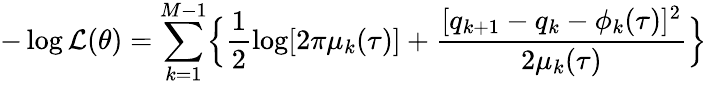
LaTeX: -\log\mathcal{L}(\theta)=\sum_{k=1}^{M-1}\Bigl\{ \frac{1}{2}\log[2\pi\mu_{k}(\tau)]+\frac{[q_{k+1}-q_{k}-\phi_{k}(\tau)]^{2}}{2\mu_{k}(\tau)}\Bigr\}